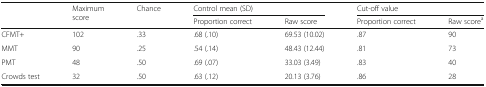
<table><thead><tr><td rowspan="2"></td><td rowspan="2"><b>Maximum score</b></td><td rowspan="2"><b>Chance</b></td><td colspan="2"><b>Control mean (SD)</b></td><td colspan="2"><b>Cut-off value</b></td></tr><tr><td><b>Proportion correct</b></td><td><b>Raw score</b></td><td><b>Proportion correct</b></td><td><b>Raw score<sup>a</sup></b></td></tr></thead><tbody><tr><td>CFMT+</td><td>102</td><td>.33</td><td>.68 (.10)</td><td>69.53 (10.02)</td><td>.87</td><td>90</td></tr><tr><td>MMT</td><td>90</td><td>.25</td><td>.54 (.14)</td><td>48.43 (12.44)</td><td>.81</td><td>73</td></tr><tr><td>PMT</td><td>48</td><td>.50</td><td>.69 (.07)</td><td>33.03 (3.49)</td><td>.83</td><td>40</td></tr><tr><td>Crowds test</td><td>32</td><td>.50</td><td>.63 (.12)</td><td>20.13 (3.76)</td><td>.86</td><td>28</td></tr></tbody></table>